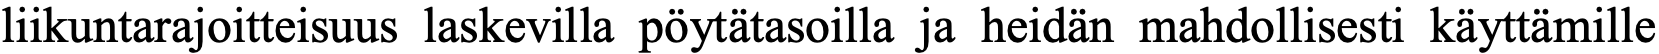
liikuntarajoitteisuus laskevilla pöytätasoilla ja heidän mahdollisesti käyttämille